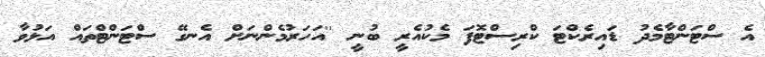
އެ ސްޓަންޓާމެދު ޑައިރެކްޓަ ކްރިސްޓޮފަ މެކުއެރީ ބުނީ ''އަހަރުމެންނަށް އެނގޭ ސްޓަންޓްތައް އަޅުވާ